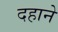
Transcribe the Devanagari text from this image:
दहाने